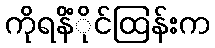
ကိုရနိံိုင်ထြန်းက